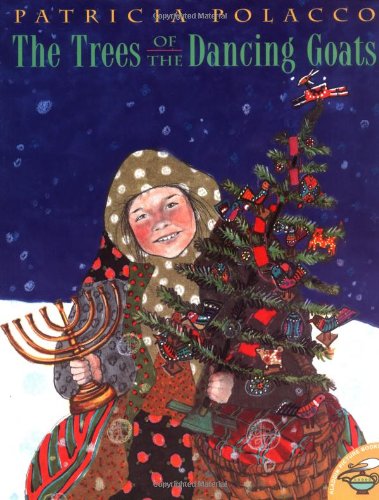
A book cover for The Trees of the Dancing Goats (Aladdin Picture Books); Patricia Polacco; Children's Books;